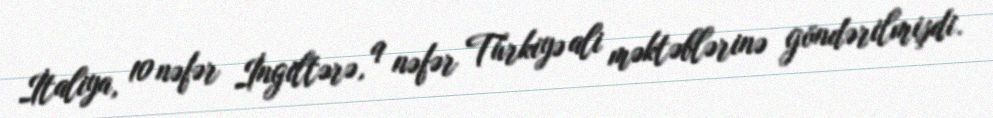
İtaliya, 10 nəfər İngiltərə, 9 nəfər Türkiyə ali məktəblərinə göndərilmişdi.